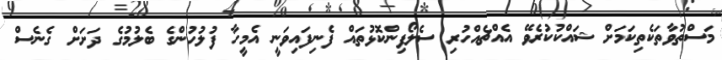
މަސްތުވާތަކެތިކަމަށް ޝައްކުކުރެވޭ އެއްޗެއްހުރި ސެލޯފިންކޮޅުތައް ފެނިފައިވަނީ އެމީހާ ފުލުހުންގެ ބެލުމުގެ ދަށަށް ގެނެސް